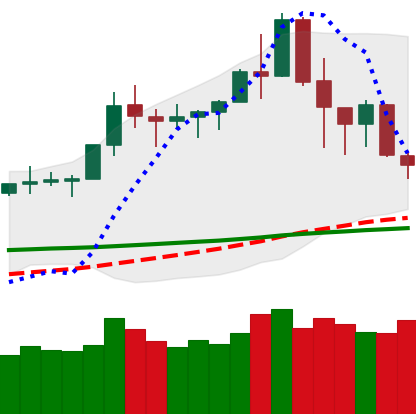
Ticker: TRX-USD
Chart end date: 2020-02-20
Forward return: -4.121%
Label: down_3_5